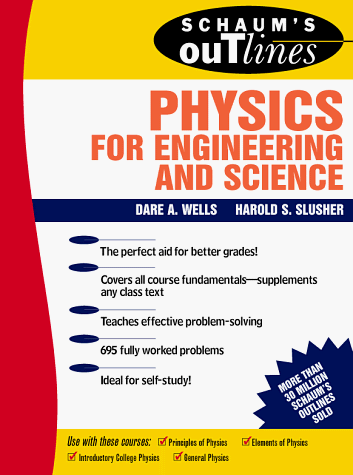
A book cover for Schaum's Outline of Theory and Problems of Physics for Engineering and Science (Schaum's Outlines); Dare A. Wells; Science & Math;